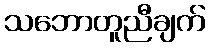
သဘောတူညီချက်